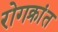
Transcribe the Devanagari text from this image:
रोगक्रांत